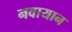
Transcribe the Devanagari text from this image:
नवायान